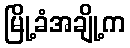
မြို့ခံအချို့က